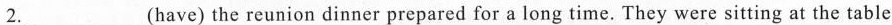
2.___(have)the reunion dinner prepared for a long time. They were sitting at the table